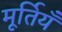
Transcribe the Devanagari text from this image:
मूर्तियँ